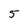
Character: 5